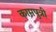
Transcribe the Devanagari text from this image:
कामपुत्री